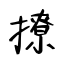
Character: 撩